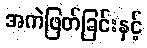
အကဲဖြတ်ခြင်းနှင့်